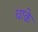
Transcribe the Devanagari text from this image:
धाके